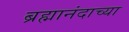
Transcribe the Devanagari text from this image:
ब्रह्मानंदाच्या